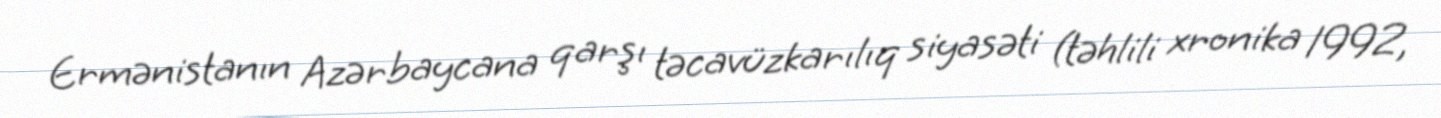
Ermənistanın Azərbaycana qarşı təcavüzkarılıq siyasəti (təhlili xronika 1992,